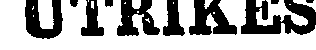
UTRIKES